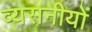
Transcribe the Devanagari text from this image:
व्यसनीयों